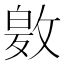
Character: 𭤂